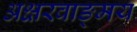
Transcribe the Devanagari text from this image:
अक्षरवाङ्‌मय